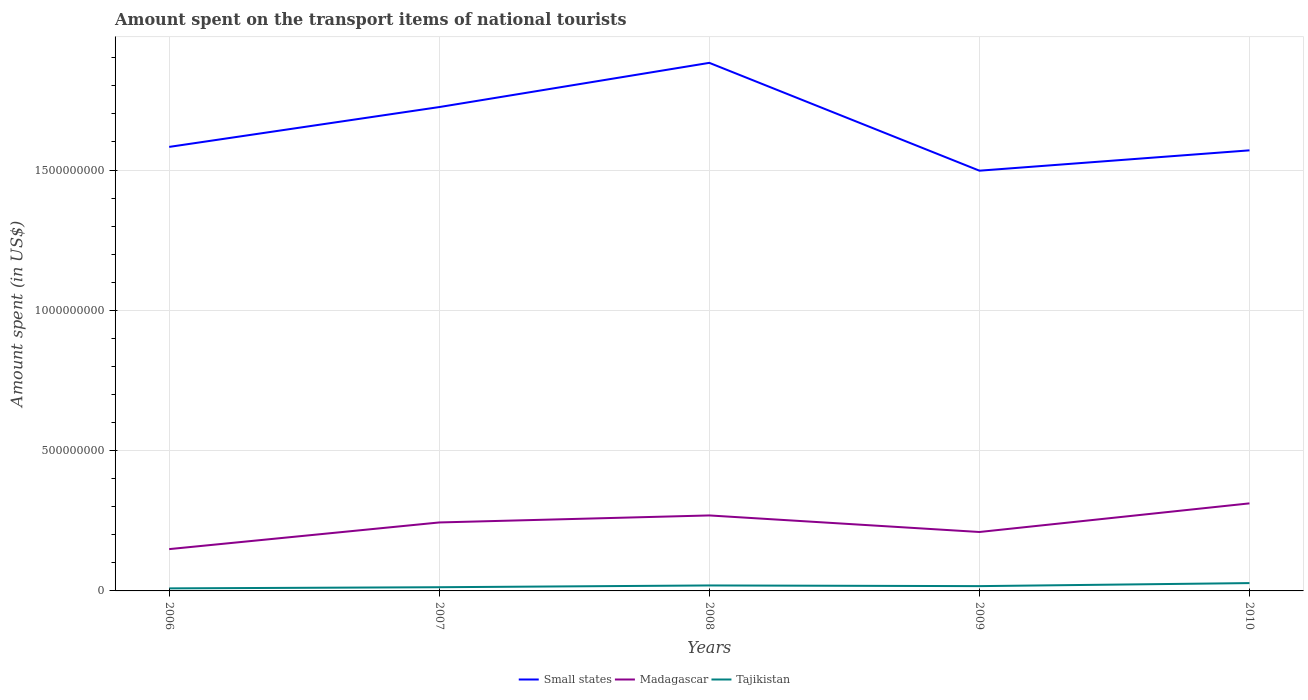
| Years | Small states | Madagascar | Tajikistan |
 | --- | --- | --- | --- |
 | 2006 | 1.58e+09 | 1.49e+08 | 9.1e+06 |
 | 2007 | 1.72e+09 | 2.44e+08 | 1.32e+07 |
 | 2008 | 1.88e+09 | 2.69e+08 | 1.95e+07 |
 | 2009 | 1.5e+09 | 2.1e+08 | 1.71e+07 |
 | 2010 | 1.57e+09 | 3.12e+08 | 2.79e+07 |